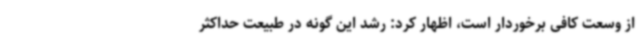
از وسعت کافی برخوردار است، اظهار کرد: رشد این گونه در طبیعت حداکثر